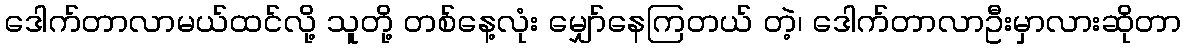
ဒေါက်တာလာမယ်ထင်လို့ သူတို့ တစ်နေ့လုံး မျှော်နေကြတယ် တဲ့၊ ဒေါက်တာလာဦးမှာလားဆိုတာ